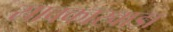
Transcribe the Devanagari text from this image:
सावकारवाडा